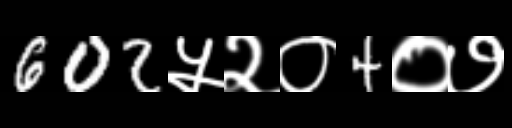
Text: 602५२०4०७